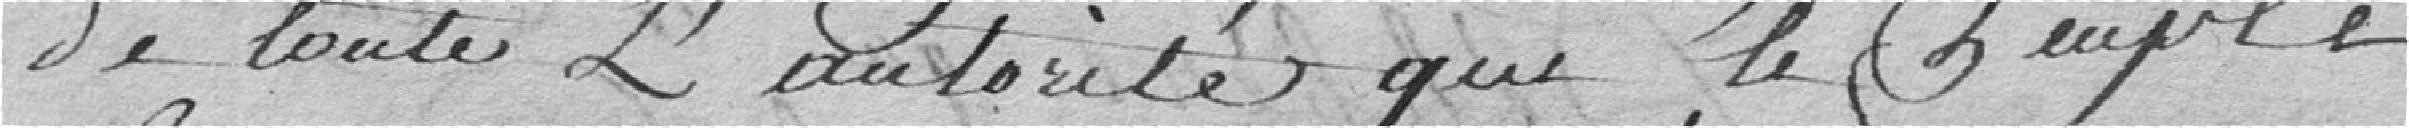
de toute l'autorité que le peuple